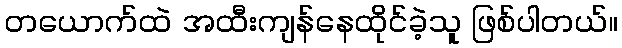
တယောက်ထဲ အထီးကျန်နေထိုင်ခဲ့သူ ဖြစ်ပါတယ်။